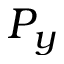
P _ { y }